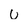
Character: u